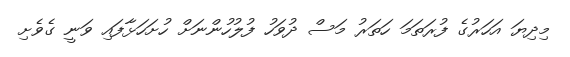
މިދިޔަ އަހަރުގެ ފުރަތަމަ ހަތަރު މަސް ދުވަހު ފުލުހުންނަށް ހުށަހަޅާފައި ވަނީ ގެވެށި